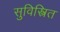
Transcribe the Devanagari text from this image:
सुविस्त्रित